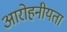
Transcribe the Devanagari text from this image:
आरोहनीयता